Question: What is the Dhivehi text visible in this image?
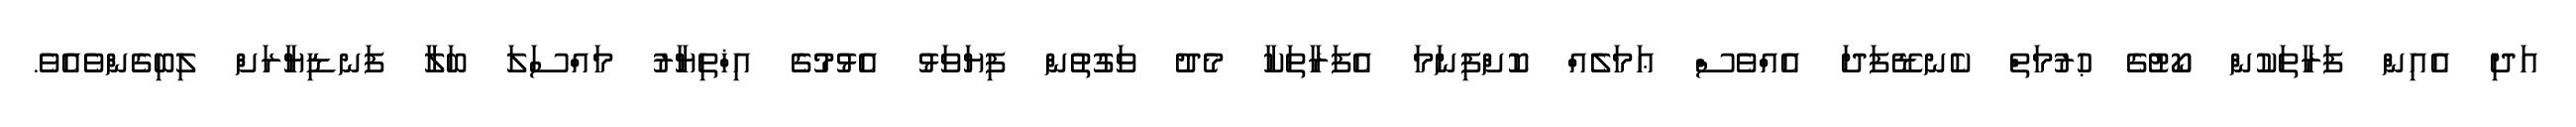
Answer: އަދި އެއިން ފަރާތަކުން ކޯޓުގެ ޙުރުމަތް ކެނޑޭފަދަ އެއްވެސް ޢަމަލެއް ކޮށްފިނަމަ އެފަރާތަކާ މެދު ވަގުތުން ފިޔަވަޅު އެޅުމުގެ އިޚްތިޔާރު މައްސަލަ ބަލާ ފަނޑިޔާރަށް ލިބިގެންވެއެވެ.